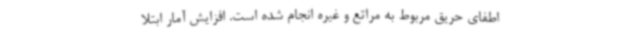
اطفای حریق مربوط به مراتع و غیره انجام شده است. افزایش آمار ابتلا